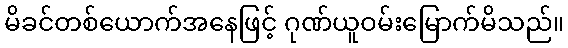
မိခင်တစ်ယောက်အနေဖြင့် ဂုဏ်ယူဝမ်းမြောက်မိသည်။